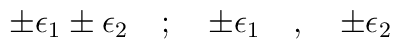
\pm \epsilon_1 \pm\epsilon_2 \quad ; \quad \pm \epsilon_1 \quad ,\quad \pm \epsilon_2